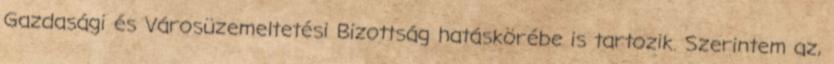
Gazdasági és Városüzemeltetési Bizottság hatáskörébe is tartozik. Szerintem az,